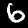
Digit: 6